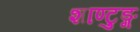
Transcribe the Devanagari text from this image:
शाण्टुङ्ग